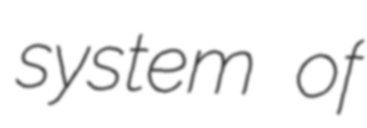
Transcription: system of